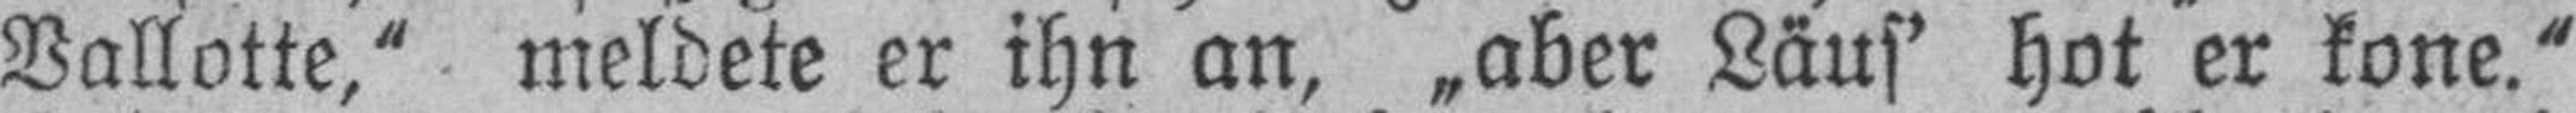
Vallotte,“ meldete er ihn an, „aber Läuf’ hot er kone.“